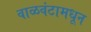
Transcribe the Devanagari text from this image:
वाळवंटामधून